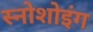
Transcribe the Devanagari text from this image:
स्नोशोइंग